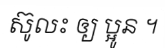
ស៊ូលះ ឲ្យ ប្អូន ។